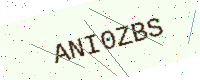
Text: ANI0ZBS